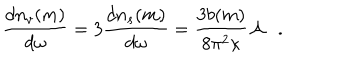
{ \frac { d n _ { v } ( m ) } { d \omega } } = 3 { \frac { d n _ { s } ( m ) } { d \omega } } = { \frac { 3 b ( m ) } { 8 \pi ^ { 2 } \kappa } } { \cal A } .